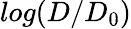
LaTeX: log(D/D_{0})